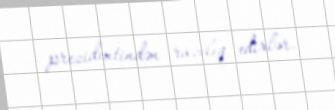
prezidentindən razılıq edirlər.